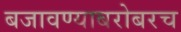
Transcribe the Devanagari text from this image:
बजावण्याबरोबरच